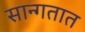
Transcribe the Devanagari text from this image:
सान्गतात